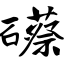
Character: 礤